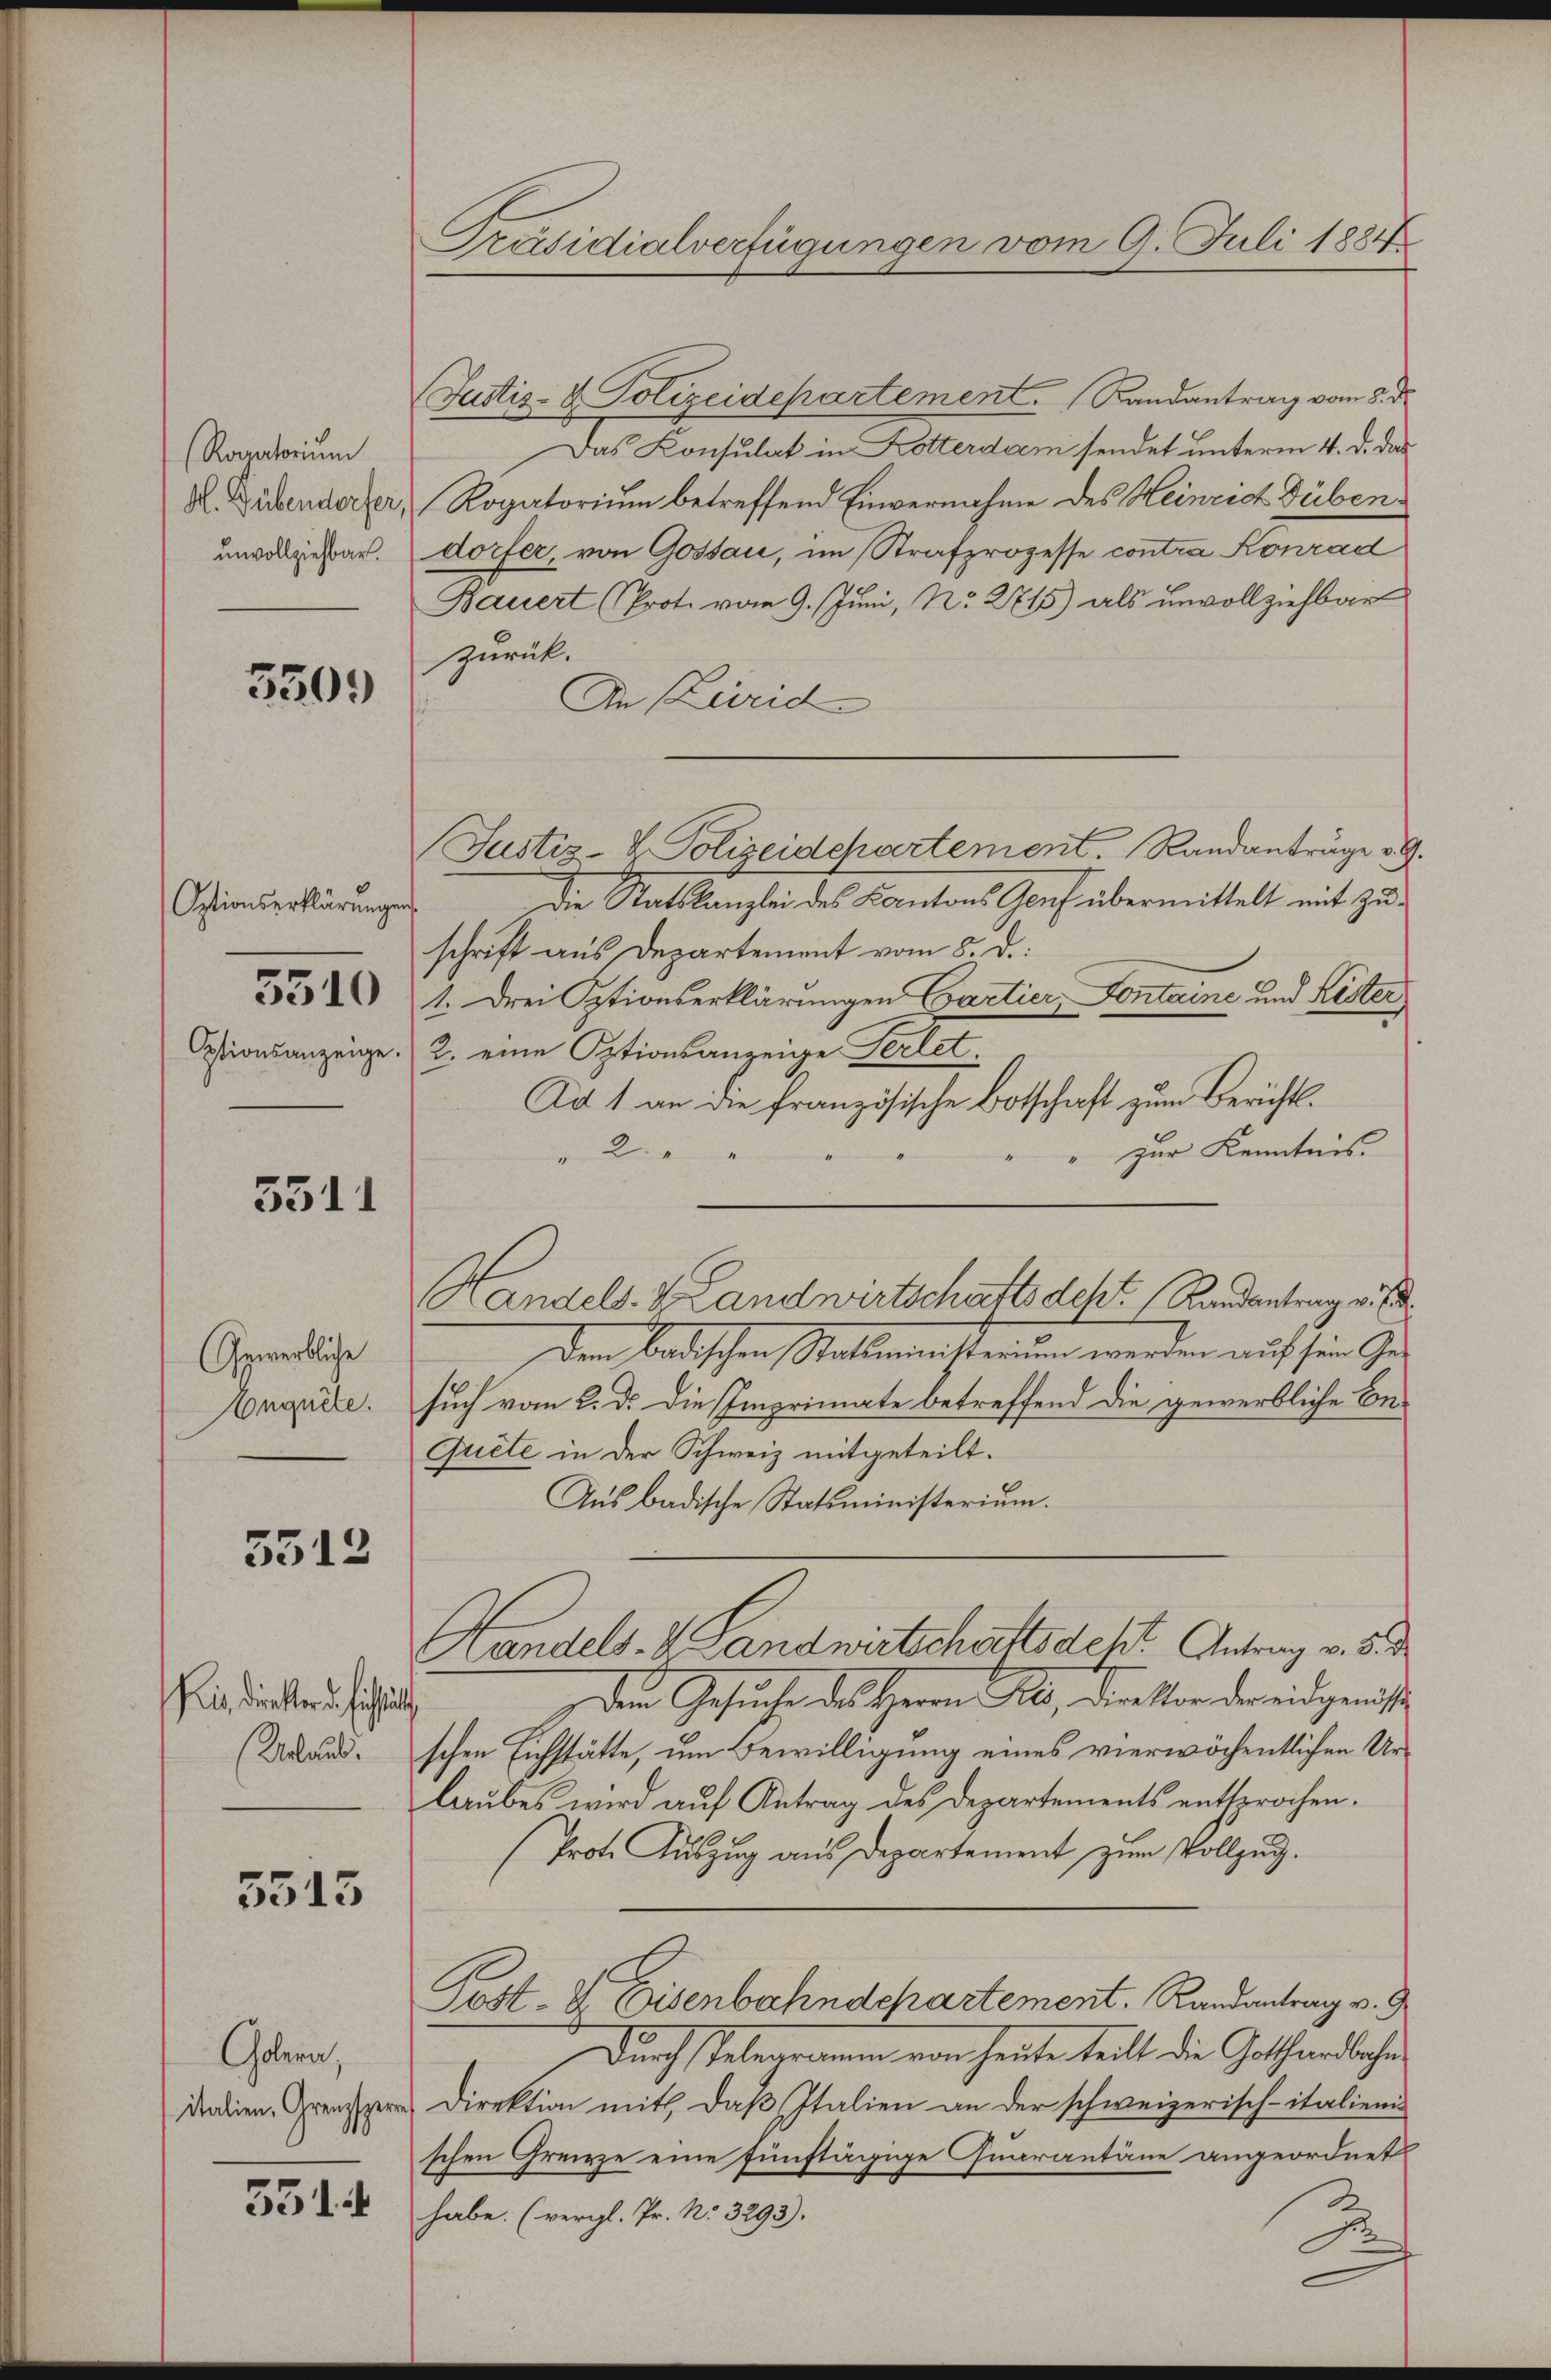
Rogatorium
H. Dübendorfer,
unvollziehbar.

530)

Optionserklärungen
3510
Optionsanzeige.

5511

Gewerbliche
Anquête.

5512

ie Direkter d. hist
Urlaub.

5515

Colera,
italien, Grenzsperr

3314

Präsidialverfügungen vom 9. Juli 1884

Justiz- & Polizeidepartement. Randantrag vom 8. d.
Das Konsulat in Kotterdam sendet unterm 4. d. das
Rogatorium betreffend Einvernahme des Heinrich Dübendorter von Gossau, im Strafprozesse contra Konrad
Bauert (Prot. vom 9. Juni, No. 2715) als unvollziehbar
zurück.
An Lurid
Justiz-V. Polizeidchvertement. Randanträge v. 9.
Die Statskanzlei des Kantons Genf übermittelt mit Zuschrift aus Departement vom 8. d.
1. Drei Optionserklärungen Cartier Fontaine und Rester
2. eine Optionsanzeige Perlet.
Ad 1 an die französische Botschaft zum Berichts¬
2
zur Kenntnis
Den badischen Stattmensterium werden auf sein Gesuch vom 2. d. die Imprimate betreffend die gewerbliche Be¬
Grete in der Schweiz mitgeteilt.
Aus badische Statsministerium.
Handels- & Landwirtschaftsdeht. Antrag v. 8. d.
den Gesuche des Herrn P., diestander eidgenieße
schen Eichstätte, um Bewilligung eines vierwöchentlichen Urlaubes wird aŭf Antrag des Departements entsprochen.
(Prote Aŭszŭg aŭs Departement zŭm Vollzug.
Post- & Eisenbahndepartement. Randantrag v. 9
Durch Telegramm von heute teilt die Gothardbahns
Direktion mit, daß Italien an der schweizerisch-italienis
schen Grenze eine fünftägige Quarantäne angeordnet
habe. (vergl. Pr. N. 3293).
2

Handels- & Landwirtschaftsacht. Randantrag v. E